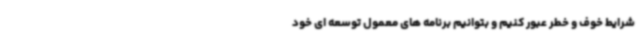
شرایط خوف و خطر عبور کنیم و بتوانیم برنامه های معمول توسعه ای خود